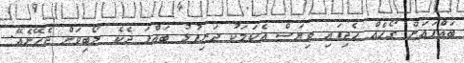
ބައްޕައަށް ގޯހެއް ހެދިފައި ވިޔަސް އެކަމަކު ދަރިފުޅު ބައްޕަ ދެކެ ލޯބިވަން ޖެހޭނެއޭ.